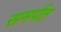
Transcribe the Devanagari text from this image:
समर्पत